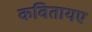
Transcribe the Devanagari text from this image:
कवितायए